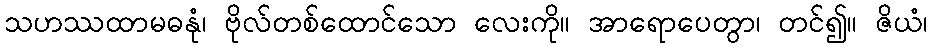
သဟဿထာမဓနုံ၊ ဗိုလ်တစ်ထောင်သော လေးကို။ အာရောပေတွာ၊ တင်၍။ ဇိယံ၊